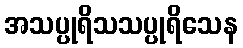
အသပ္ပုရိသသပ္ပုရိသေန